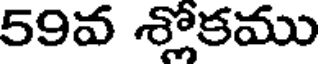
59వ శ్లోకము